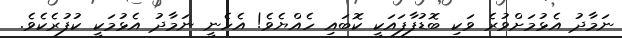
ނަމާދު އެޅުމަށްވުރެ ވަކި ބޮޑުފާފައަކީ ކޮބައި ހެއްޔެވެ! އެހެނީ ނަމާދު އެޅުމަކީ ކުފުރެކެވެ.